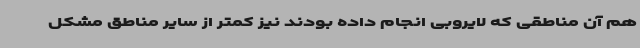
هم آن مناطقی که لایروبی انجام داده بودند نیز کمتر از سایر مناطق مشکل